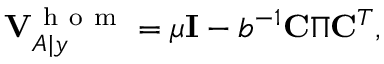
\mathbf { V } _ { A | y } ^ { \mathrm { ~ h ~ o ~ m ~ } } = \mu \mathbf { I } - b ^ { - 1 } \mathbf { C } \boldsymbol { \Pi } \mathbf { C } ^ { T } ,